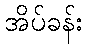
အိပ်ခန်း